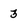
Character: 3